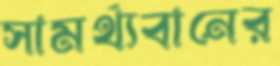
সামর্থ্যবানের